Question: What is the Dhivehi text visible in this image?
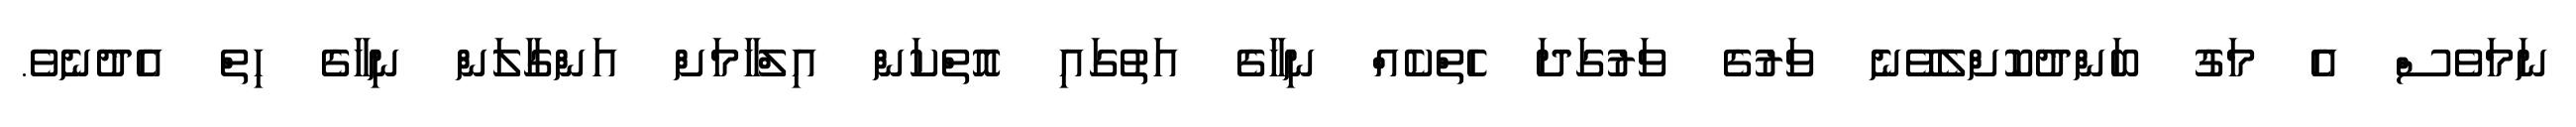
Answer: ނަމަވެސް އެ މަގު ބަންދުކޮށްލެވޭނެ ވަރުގެ ވަރުގަދަ ހެތްކެއް ނިހާގެ އަތުގައި އޮތްކަން އިލްހާމަށް އަންގާލަން ނިހާގެ ހިތް އެދުނެވެ.